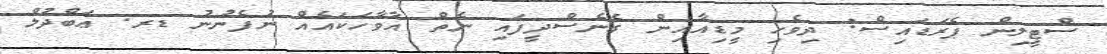
ސްޓީލިން ޕެރަޑައިސް: ދިވެހި މީޑިއާއިން ގެނެސްދީފައި ނެތް އާވާހަކައެއް ނުފެނުނު ޑރ. ޢަބްދުލް